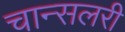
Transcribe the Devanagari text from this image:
चान्सलरी